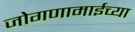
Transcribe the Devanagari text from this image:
जोगणामाईच्या